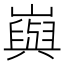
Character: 㠘